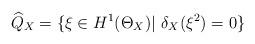
LaTeX: \begin{align*}\widehat{Q}_X =\{\xi\in H^1(\Theta_X) |\,\,\delta_X(\xi^2)=0 \}\end{align*}